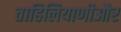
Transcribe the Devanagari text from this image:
ताहिलियाणीऔर